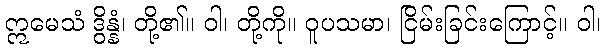
ဣမေသံ ဒွိန္နံ၊ တို့၏။ ဝါ၊ တို့ကို။ ဝူပသမာ၊ ငြိမ်းခြင်းကြောင့်။ ဝါ၊